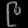
Digit: ၉